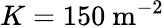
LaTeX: K=150\mathrm{\ m^{-2}}